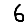
Digit: 6